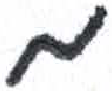
אות: מ